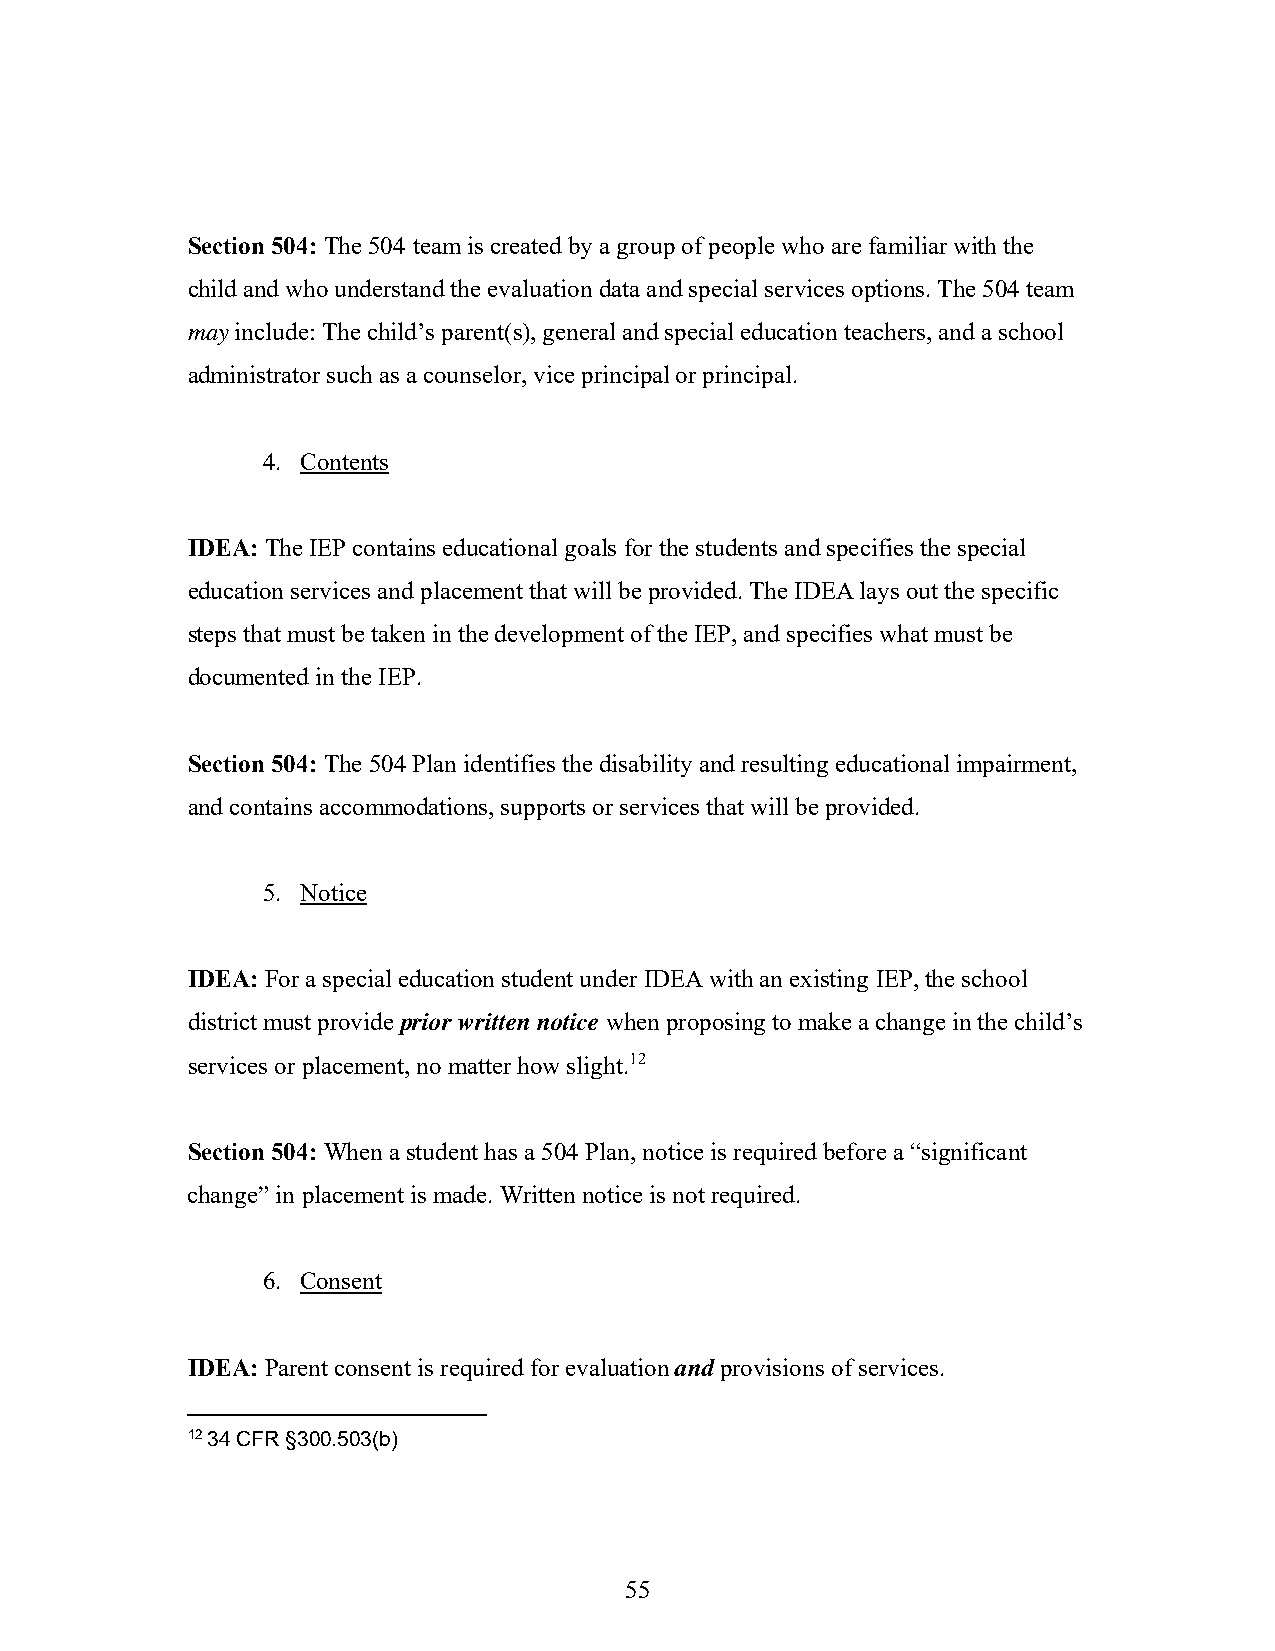
Section 504: The 504 team is created by a group of people who are familiar with the
 child and who understand the evaluation data and special services options. The 504 team
 may include: The child’s parent(s), general and special education teachers, and a school
 administrator such as a counselor, vice principal or principal.
 4. Contents
 IDEA: The IEP contains educational goals for the students and specifies the special
 education services and placement that will be provided. The IDEA lays out the specific
 steps that must be taken in the development of the IEP, and specifies what must be
 documented in the IEP.
 Section 504: The 504 Plan identifies the disability and resulting educational impairment,
 and contains accommodations, supports or services that will be provided.
 5. Notice
 IDEA: For a special education student under IDEA with an existing IEP, the school
 district must provide prior written notice when proposing to make a change in the child’s
 services or placement, no matter how slight.12
 Section 504: When a student has a 504 Plan, notice is required before a “significant
 change” in placement is made. Written notice is not required.
 6. Consent
 IDEA: Parent consent is required for evaluation and provisions of services.
 12 34 CFR §300.503(b)
 55